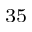
^ { 3 5 }